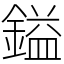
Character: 鎰